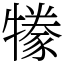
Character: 㹖